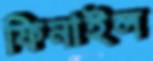
ফিনাইল